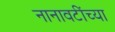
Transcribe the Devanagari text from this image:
नानावटींच्या